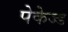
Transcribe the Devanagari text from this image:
पेकेज्ड